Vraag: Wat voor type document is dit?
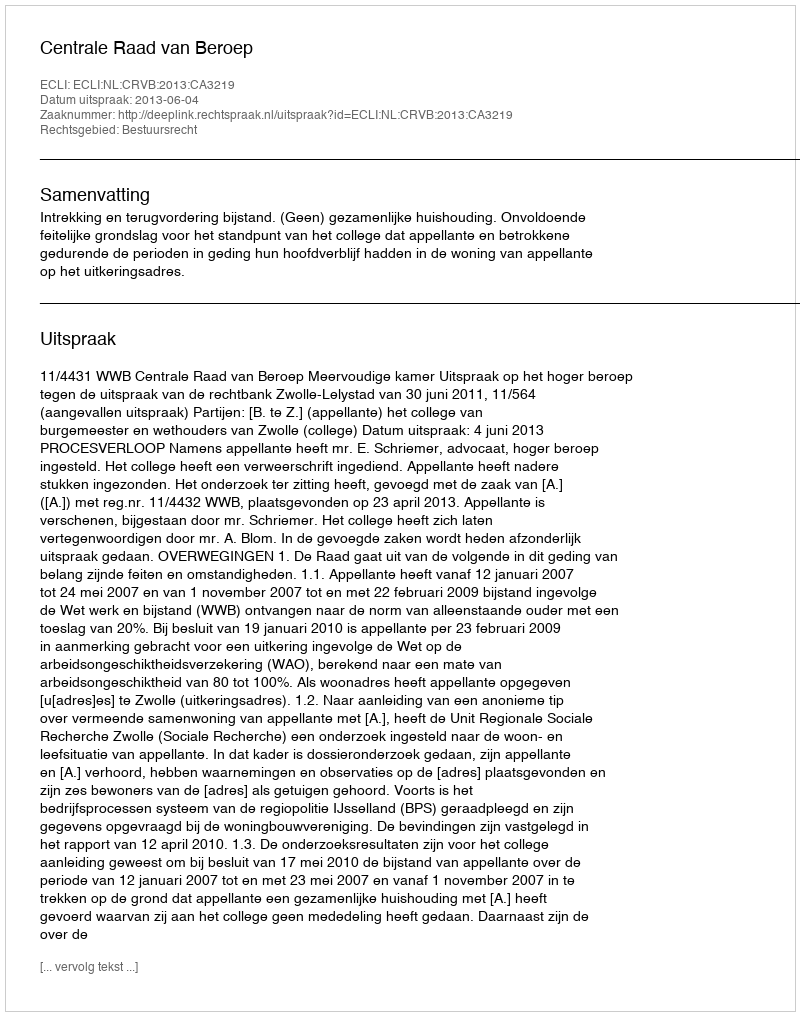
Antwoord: Uitspraak